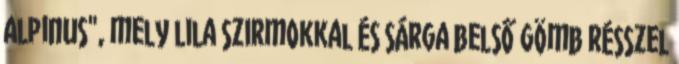
Alpinus", mely lila szirmokkal és sárga belső gömb résszel